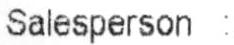
SALESPERSON :